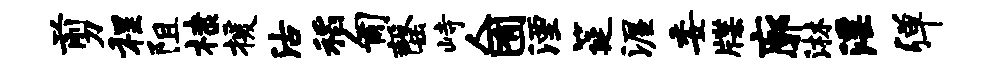
剪程阻棣援沽稻匍罄峙人囿湮筵渥委牒廓淋淫弹